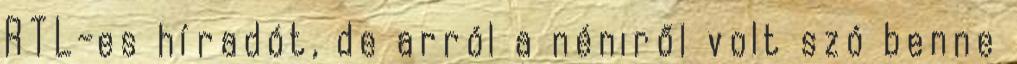
RTL-es híradót, de arról a néniről volt szó benne